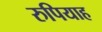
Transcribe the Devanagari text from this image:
रुपियाह